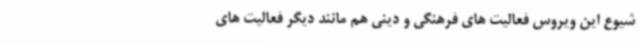
شیوع این ویروس فعالیت های فرهنگی و دینی هم مانند دیگر فعالیت های